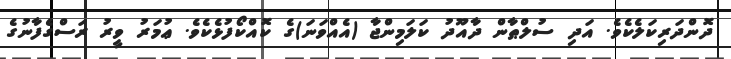
ދޮންދަރިކަލެކެވެ. އަދި ސުލްޠާން ދާއޫދު ކަލަމިންޖާ (އެއްވަނަ)ގެ ކޮއްކޯފުޅެކެވެ. ޢުމަރު ވީރު ރަސްގެފާނުގެ